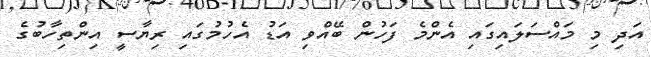
އަދި މި މައްސަލައިގައި އެންމެ ފަހުން ބޭއްވި އަޑު އެހުމުގައި ރިޔާސީ އިންތިހާބުގެ